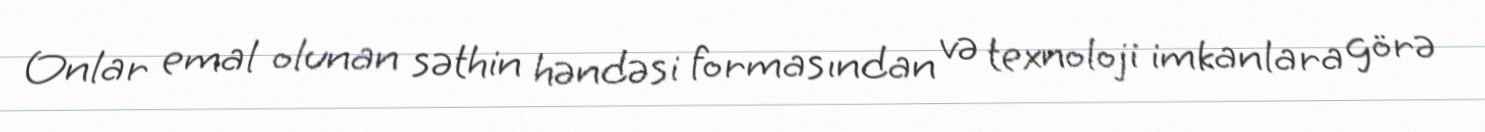
Onlar emal olunan səthin həndəsi formasından və texnoloji imkanlara görə